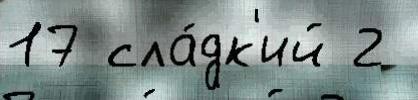
17 сла́дк'ий 2